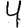
Digit: 4